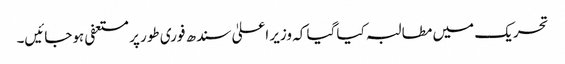
تحریک میں مطالبہ کیا گیا کہ وزیر اعلیٰ سندھ فوری طور پر مستعفی ہوجائیں۔